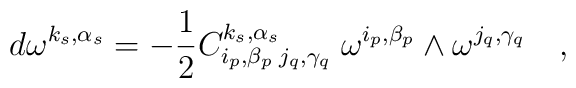
d\omega^{k_{ s}, \alpha_s}= -\frac{1}{2} C_{i_{ p},\beta_p \;j_{q},\gamma_q}^{k_s,\alpha_s}\; \omega^{i_{ p}, \beta_p} \wedge\omega^{j_{ q}, \gamma_q} \quad ,